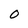
Character: 0